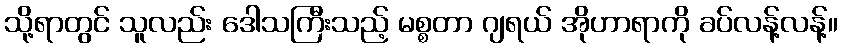
သို့ရာတွင် သူလည်း ဒေါသကြီးသည့် မစ္စတာ ဂျရယ် အိုဟာရာကို ခပ်လန့်လန့်။